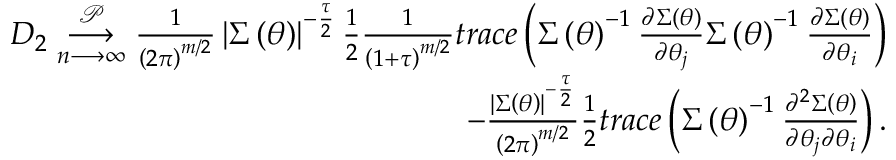
\begin{array} { r l r } & { } & { D _ { 2 } \underset { n \longrightarrow \infty } { \overset { \mathcal { P } } { \longrightarrow } } \frac { 1 } { \left( 2 \pi \right) ^ { m / 2 } } \left\vert \boldsymbol { \Sigma } \left( \boldsymbol { \theta } \right) \right\vert ^ { - \frac { \tau } { 2 } } \frac { 1 } { 2 } \frac { 1 } { \left( 1 + \tau \right) ^ { m / 2 } } t r a c e \left( \boldsymbol { \Sigma } \left( \boldsymbol { \theta } \right) ^ { - 1 } \frac { \partial \boldsymbol { \Sigma } \left( \boldsymbol { \theta } \right) } { \partial \theta _ { j } } \boldsymbol { \Sigma } \left( \boldsymbol { \theta } \right) ^ { - 1 } \frac { \partial \boldsymbol { \Sigma } \left( \boldsymbol { \theta } \right) } { \partial \theta _ { i } } \right) } \\ & { } & { - \frac { \left\vert \boldsymbol { \Sigma } \left( \boldsymbol { \theta } \right) \right\vert ^ { - \frac { \tau } { 2 } } } { \left( 2 \pi \right) ^ { m / 2 } } \frac { 1 } { 2 } t r a c e \left( \boldsymbol { \Sigma } \left( \boldsymbol { \theta } \right) ^ { - 1 } \frac { \partial ^ { 2 } \boldsymbol { \Sigma } \left( \boldsymbol { \theta } \right) } { \partial \theta _ { j } \partial \theta _ { i } } \right) . } \end{array}